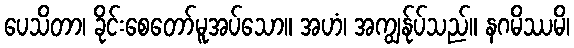
ပေသိတာ၊ ခိုင်းစေတော်မူအပ်သော။ အဟံ၊ အကျွန်ုပ်သည်။ နဂမိဿမိ၊